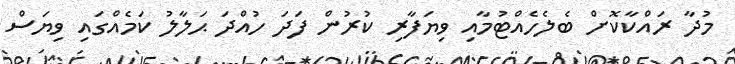
މުދާ ރައްކާކޮށް ބެލެހެއްޓުމާއި ވިޔަފާރި ކުރުން ފަދަ ހުއްދަ ޙަލާލު ކަމެއްގައި ވިޔަސް